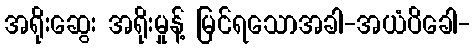
အရိုးဆွေး အရိုးမှုန့် မြင်ရသောအခါ-အယံပိခေါ-